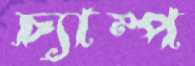
চ্যাম্প